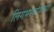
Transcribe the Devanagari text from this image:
लिंगभावाविषयी